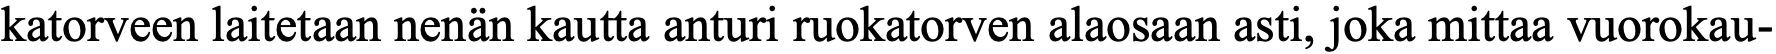
katorveen laitetaan nenän kautta anturi ruokatorven alaosaan asti, joka mittaa vuorokau-